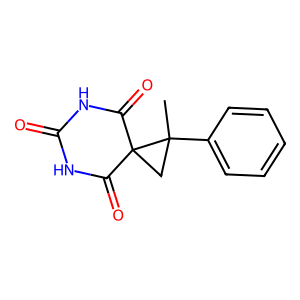
SMILES: CC1(c2ccccc2)CC12C(=O)NC(=O)NC2=O
Inhibits HIV replication: No